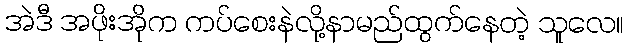
အဲဒီ အဖိုးအိုက ကပ်စေးနဲလို့နာမည်ထွက်နေတဲ့ သူလေ။